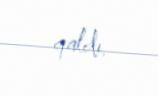
qaldı.